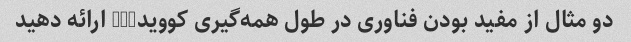
دو مثال از مفید بودن فناوری در طول همه‌گیری کووید-19 ارائه دهید